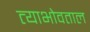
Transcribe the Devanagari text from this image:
त्याभोवताल